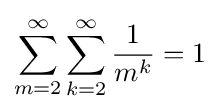
\sum _{m=2}^{\infty }\sum _{k=2}^{\infty }{\frac {1}{m^{k}}}=1